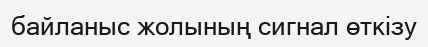
байланыс жолының сигнал өткізу